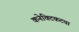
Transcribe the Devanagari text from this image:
कनेक्टिकटचा